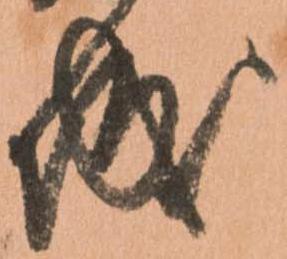
城